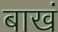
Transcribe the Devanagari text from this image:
बाखं